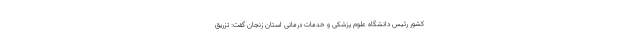
کشور رئیس دانشگاه علوم پزشکی و خدمات درمانی استان زنجان گفت: تزریق